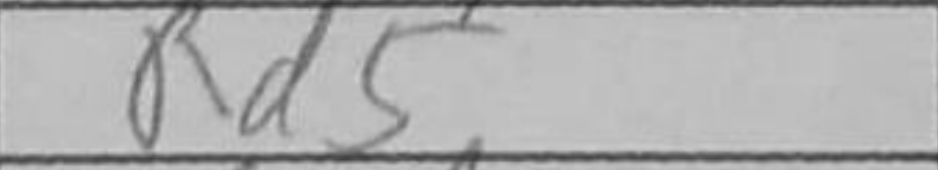
Transcription: Rd5